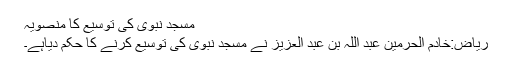
مسجد نبوی کی توسیع کا منصویہ
ریاض:خادم الحرمین عبد اللہ بن عبد العزیز نے مسجد نبوی کی توسیع کرنے کا حکم دیاہے۔